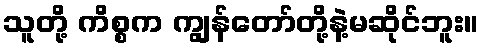
သူတို့ ကိစ္စက ကျွန်တော်တို့နဲ့မဆိုင်ဘူး။